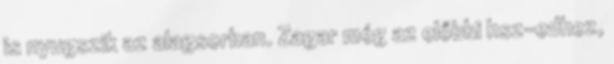
is nyugszik az alagsorban. Zagar még az előbbi hsz-edhez,